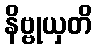
နိဗ္ဗုယှတိ